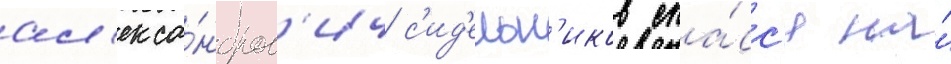
ал'екса́ндров'ич с'ид'ельн'иков спа́сс'я на́